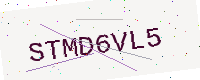
Text: STMD6VL5